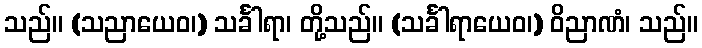
သည်။ (သညာယေဝ၊) သင်္ခါရာ၊ တို့သည်။ (သင်္ခါရာယေဝ၊) ဝိညာဏံ၊ သည်။